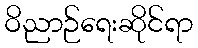
ဝိညာဉ်ရေးဆိုင်ရာ